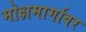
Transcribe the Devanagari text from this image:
मोक्षमार्गावर